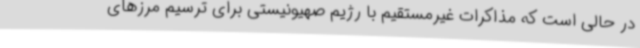
در حالی است که مذاکرات غیرمستقیم با رژیم صهیونیستی برای ترسیم مرزهای